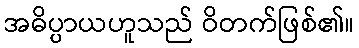
အဓိပ္ပာယဟူသည် ဝိတက်ဖြစ်၏။